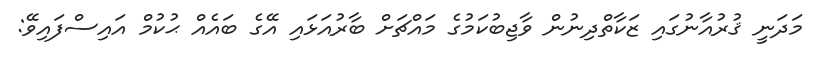
މަދަނީ ޤުރުއާނުގައި ޒަކާތްދިނުން ވާޖިބުކަމުގެ މައްޗަށް ބާރުއަޅައި އޭގެ ބައެއް ޙުކުމް އައިސްފައިވޭ: